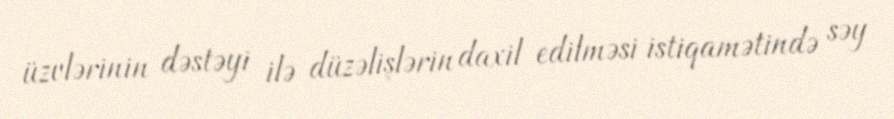
üzvlərinin dəstəyi ilə düzəlişlərin daxil edilməsi istiqamətində səy